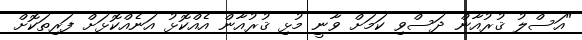
"އަސްލު ޤުރުއާން ދަސްވި ކަމަށް ވާނީ މުޅި ޤުރުއާން އެއްކޮޅު އަނެއްކޮޅަށް ފަރިތަކޮށް